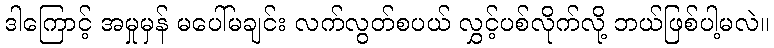
ဒါကြောင့် အမှုမှန် မပေါ်မချင်း လက်လွတ်စပယ် လွှင့်ပစ်လိုက်လို့ ဘယ်ဖြစ်ပါ့မလဲ။